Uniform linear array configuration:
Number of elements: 48
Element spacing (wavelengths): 0.5
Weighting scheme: blackman
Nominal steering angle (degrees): -45
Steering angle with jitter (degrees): -45.305
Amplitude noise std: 0.05
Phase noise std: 0.05

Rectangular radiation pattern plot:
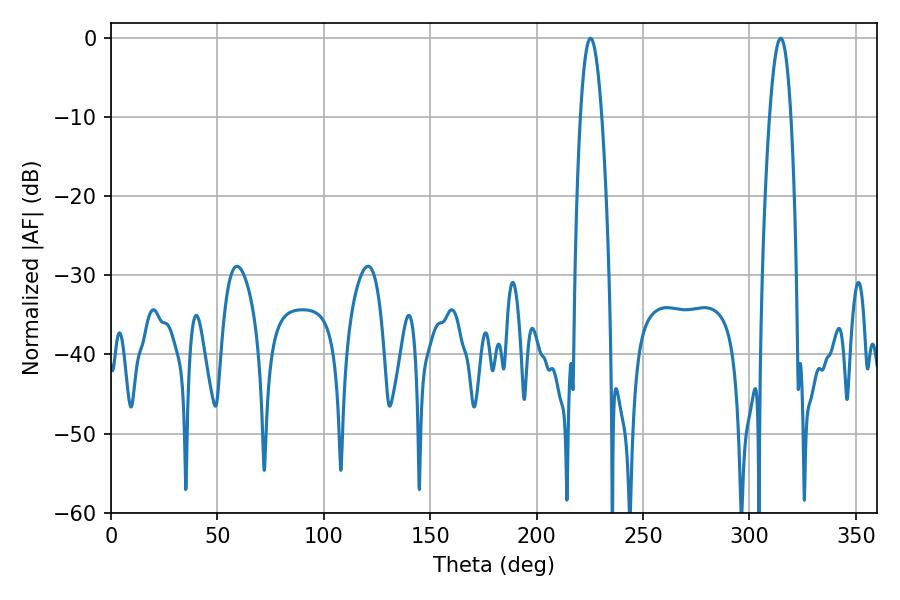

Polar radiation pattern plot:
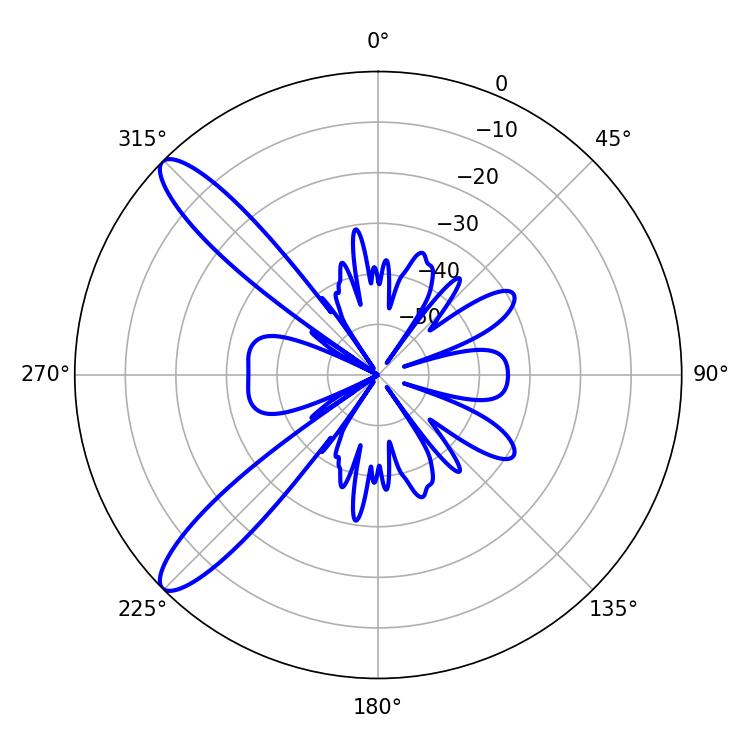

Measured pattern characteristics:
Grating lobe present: FALSE
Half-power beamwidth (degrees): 5.58
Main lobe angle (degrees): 225.36